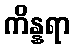
ကိန္နရာ